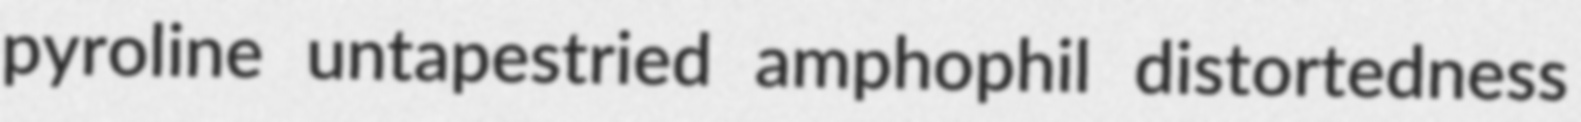
pyroline untapestried amphophil distortedness